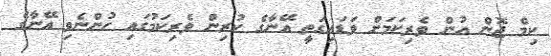
ކިމް ޖޮން އުން ވެރިކަމަށް ވަޑައިގަތީ އޭނާގެ ކުރިން ވެރިކަމުގައި ހުންނެވި އޭނާގެ